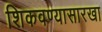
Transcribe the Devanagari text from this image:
शिकवण्यासारखा